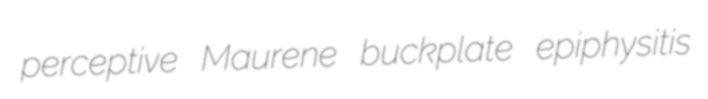
perceptive Maurene buckplate epiphysitis